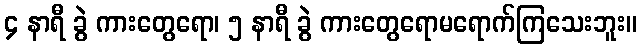
၄ နာရီ ခွဲ ကားတွေရော၊ ၅ နာရီ ခွဲ ကားတွေရောမရောက်ကြသေးဘူး။